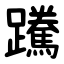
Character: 䠮